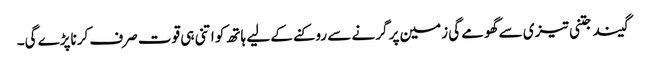
گیند جتنی تیزی سے گھومے گی زمین پر گرنے سے روکنے کے لیے ہاتھ کو اتنی ہی قوت صرف کرناپڑے گی۔